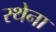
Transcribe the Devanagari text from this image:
रथेना